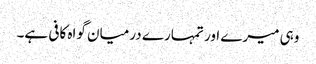
وہی میرے اور تمہارے درمیان گواہ کافی ہے۔